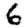
Digit: 6